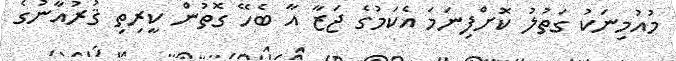
މުއުމިނަކު ގަތުލު ކޮށްފިނަމަ އެކަމުގެ ޖަޒާ އާ ބެހޭ ގޮތުން ކީރިތި ޤުރުއާނުގެ